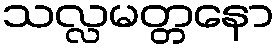
သလ္လမတ္တနော